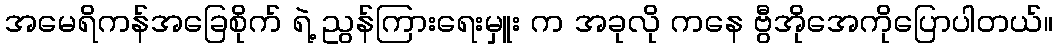
အမေရိကန်အခြေစိုက် ရဲ့ ညွန်ကြားရေးမှူး က အခုလို ကနေ ဗွီအိုအေကိုပြောပါတယ်။